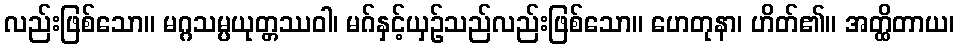
လည်းဖြစ်သော။ မဂ္ဂသမ္ပယုတ္တဿဝါ၊ မဂ်နှင့်ယှဉ်သည်လည်းဖြစ်သော။ ဟေတုနာ၊ ဟိတ်၏။ အတ္ထိတာယ၊